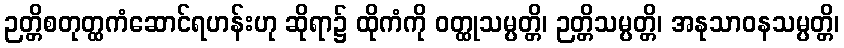
ဉတ္တိစတုတ္ထကံဆောင်ရဟန်းဟု ဆိုရာ၌ ထိုကံကို ဝတ္ထုသမ္ပတ္တိ၊ ဉတ္တိသမ္ပတ္တိ၊ အနုသာဝနသမ္ပတ္တိ၊